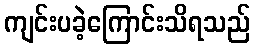
ကျင်းပခဲ့ကြောင်းသိရသည်